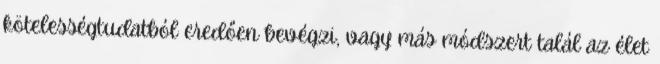
kötelességtudatból eredően bevégzi, vagy más módszert talál az élet